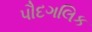
પૌદગલિક